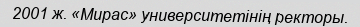
2001 ж. «Мирас» университетінің ректоры.